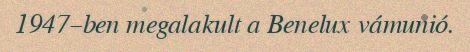
1947–ben megalakult a Benelux vámunió.